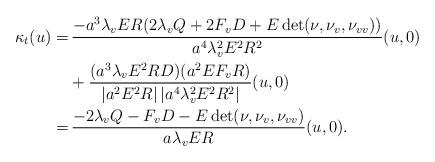
LaTeX: \begin{align*}\kappa_t(u) =& \, \frac{-a^3\lambda_v ER ( 2 \lambda_v Q + 2F_vD +E\det(\nu, \nu_v , \nu_{vv}))} {a^4\lambda_v^2 E^2 R^2} (u,0)\\& + \frac{(a^3\lambda_v E^2 R D)(a^2EF_vR)}{|a^2E^2R|\,|a^4\lambda_v^2 E^2 R^2|} (u,0) \\=& \,\frac{-2\lambda_v Q - F_vD - E\det(\nu, \nu_v ,\nu_{vv})} {a \lambda_v E R}(u,0).\end{align*}